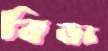
বিভা